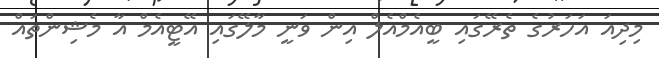
މިދިއަ އަހަރުގެ ތެރޭގައި ބީއެމްއެލް އިން ވަނީ މާލޭގައި އޭޓީއެމް އާ މެޝިންތައް